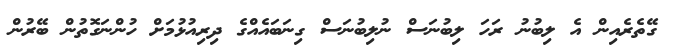
ގޭތެރެއިން އެ ލިބުނު ރަހަ ލިބުނަސް ނުލިބުނަސް ގިނަބައެއްގެ ދިރިއުޅުމަށް ހުންނަގޮތުން ބޭރުން